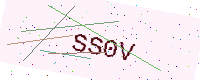
Text: SS0V